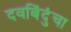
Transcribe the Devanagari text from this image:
दवबिंदुंचा